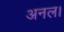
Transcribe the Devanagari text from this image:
अनल।